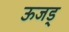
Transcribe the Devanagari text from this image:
ऊजड्